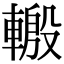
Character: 𨍪